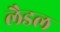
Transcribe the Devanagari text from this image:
लैडल